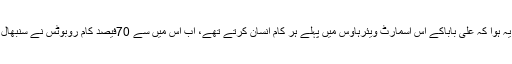
اس ویئرہاؤس میں 70فیصد کام روبوٹس خود کرتے ہیں، اس کا مطلب یہ ہوا کہ علی باباکے اس اسمارٹ ویئرہاؤس میں پہلے ہر کام انسان کرتے تھے، اب اس میں سے 70فیصد کام روبوٹس نے سنبھال لیا ہے اورصرف 30فیصد کام انسانوں کے کرنے کے لیے رہ گیا ہے۔